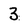
Character: 3